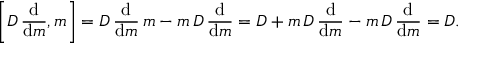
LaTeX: \left[ D \, { \frac { \mathrm { d } } { \mathrm { d } m } } , m \right] = D \, { \frac { \mathrm { d } } { \mathrm { d } m } } \, m - m \, D \, { \frac { \mathrm { d } } { \mathrm { d } m } } = D + m \, D \, { \frac { \mathrm { d } } { \mathrm { d } m } } - m \, D \, { \frac { \mathrm { d } } { \mathrm { d } m } } = D .